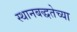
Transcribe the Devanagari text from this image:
स्थानबद्धतेच्या